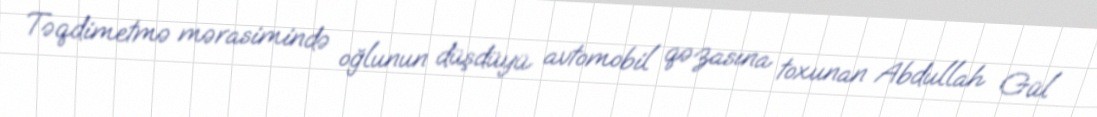
Təqdimetmə mərasimində oğlunun düşdüyü avtomobil qəzasına toxunan Abdullah Gül